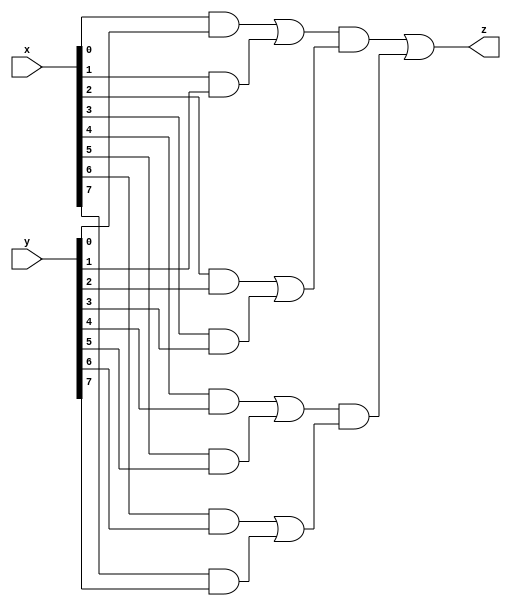
`timescale 1ns / 1ps

module zad3(
    input [7:0]x,
    input [7:0]y,
    output z
    );
    wire [13:0]chain;
    genvar i;
    generate
        for(i=0;i<14;i=i+1)
        begin
        if(i<8)
            assign chain[i]=x[i]&y[i];
        else
            if(i<12)
                assign chain[i]=chain[(i-8)*2]|chain[(i-8)*2+1];
            else
                assign chain[i]=chain[(i-12)*2+8]&chain[(i-12)*2+9];
        end     
    endgenerate
        assign z=chain[12]|chain[13];        
endmodule